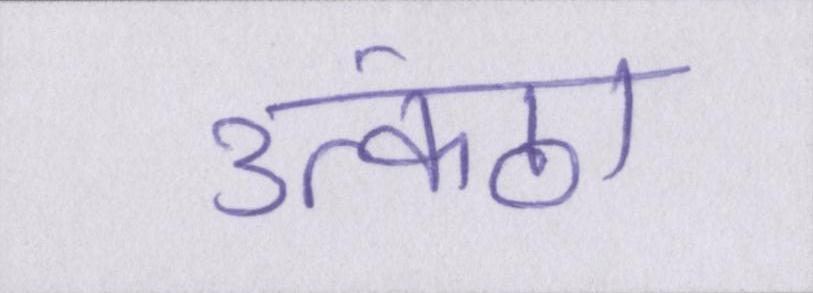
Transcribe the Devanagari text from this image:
उत्कंठा